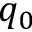
q _ { 0 }